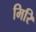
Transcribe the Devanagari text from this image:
मिरि